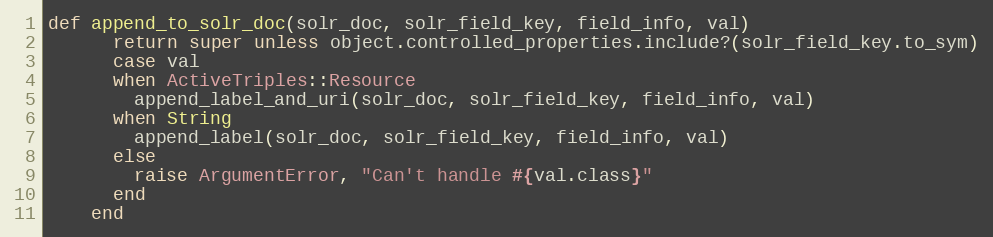
Language: Ruby
def append_to_solr_doc(solr_doc, solr_field_key, field_info, val)
      return super unless object.controlled_properties.include?(solr_field_key.to_sym)
      case val
      when ActiveTriples::Resource
        append_label_and_uri(solr_doc, solr_field_key, field_info, val)
      when String
        append_label(solr_doc, solr_field_key, field_info, val)
      else
        raise ArgumentError, "Can't handle #{val.class}"
      end
    end